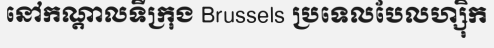
នៅកណ្តាលទីក្រុង Brussels ប្រទេលបែលហ្ស៊ិក